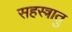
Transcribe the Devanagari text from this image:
सहस्त्रातु